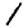
Digit: 1